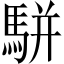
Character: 駢